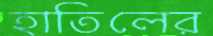
হাতিলের